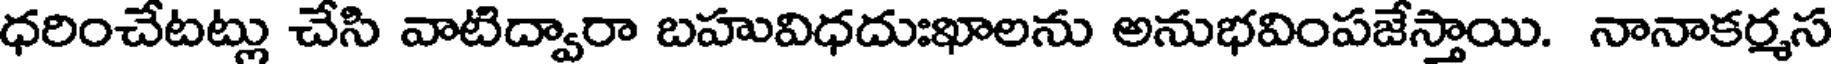
ధరించేటట్లు చేసి వాటిద్వారా బహువిధదుఃఖాలను అనుభవింపజేస్తాయి. నానాకర్మస